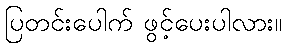
ပြတင်းပေါက် ဖွင့်ပေးပါလား။